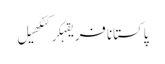
پاکستانافریقہکرکٹکھیل